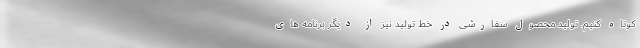
کوتاه کنیم. تولید محصول سفارشی در خط تولید نیز از دیگر برنامه های